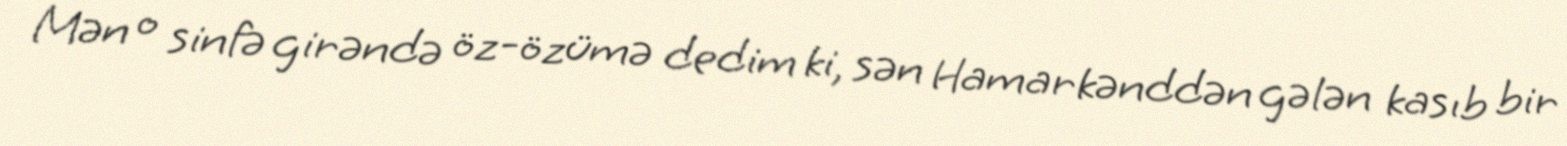
Mən o sinfə girəndə öz-özümə dedim ki, sən Hamarkənddən gələn kasıb bir